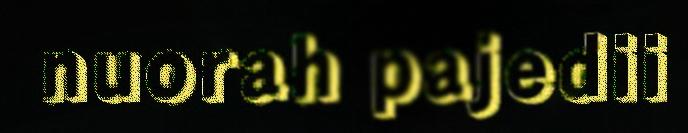
nuorah pajedii